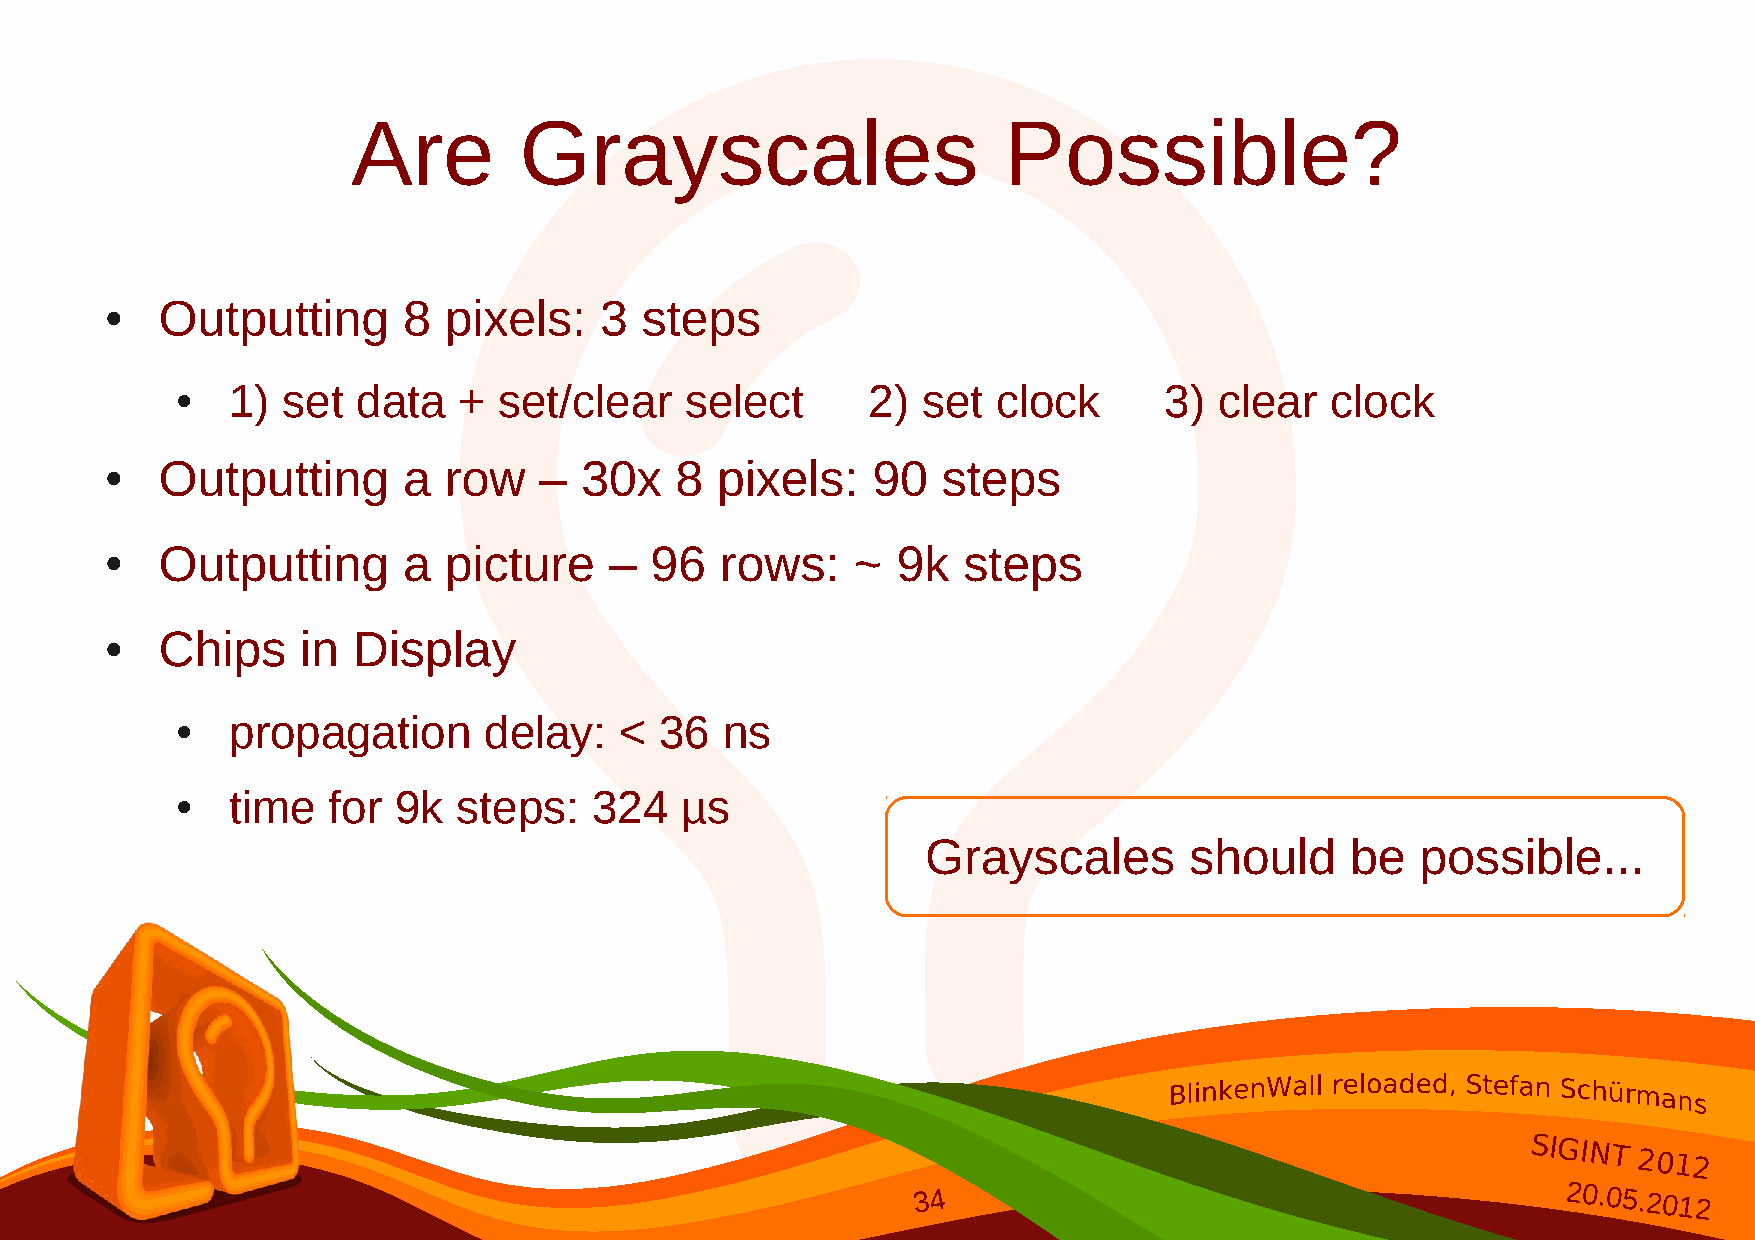
Are        Grayscales                      Possible?
 Outputting       8 pixels:    3 steps
 ●
 1)  set  data  +  set/clear   select      2)  set  clock      3)  clear  clock
 ●
 Outputting       a row    – 30x    8 pixels:    90  steps
 ●
 Outputting       a picture    –  96   rows:   ~  9k   steps
 ●
 Chips     in Display
 ●
 propagation      delay:   <  36  ns
 ●
 time   for 9k  steps:   324   µs
 ●
 Grayscales        should    be   possible...
 SIGINT
 2012
 34                                        20.05.2012